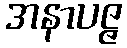
အနာပဇ္ဇ